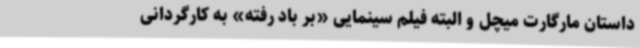
داستان مارگارت میچل و البته فیلم سینمایی «بر باد رفته» به کارگردانی